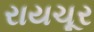
રાયચૂર